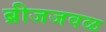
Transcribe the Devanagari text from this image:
ब्रीजजवळ